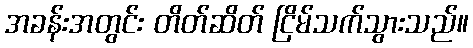
အခန်းအတွင်း တိတ်ဆိတ် ငြိမ်သက်သွားသည်။